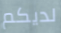
لديكم